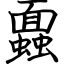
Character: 蠠